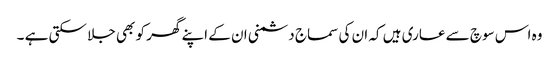
وہ اس سوچ سے عاری ہیں کہ ان کی سماج دشمنی ان کے اپنے گھر کو بھی جلا سکتی ہے ۔